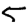
Digit: 5